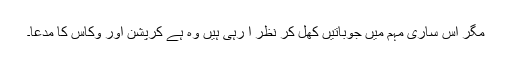
مگر اس ساری مہم میں جوباتیں کھل کر نظر آ رہی ہیں وہ ہے کرپشن اور وکاس کا مدعا۔